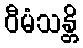
ဝီမံသန္တိ